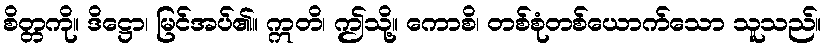
စိတ္တကို။ ဒိဋ္ဌော၊ မြင်အပ်၏။ ဣတိ၊ ဤသို့။ ကောစိ၊ တစ်စုံတစ်ယောက်သော သူသည်။